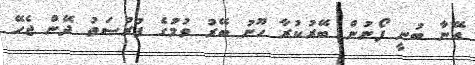
އޭނާ ބުނީ ފޯނުން ބޭރުކުރާ ހޫނު ބޭރު ވުމުގެ ފުރުސަތު ދޭން ޖެހޭ